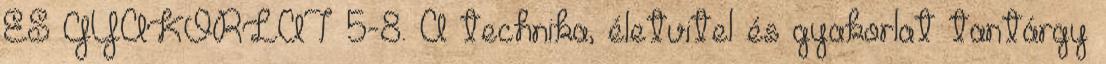
ÉS GYAKORLAT 5-8. A technika, életvitel és gyakorlat tantárgy